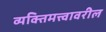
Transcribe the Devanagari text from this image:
व्यक्तिमत्त्वावरील